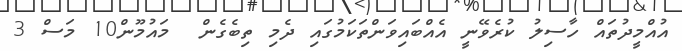
އުއްމީދުތައް ހާސިލު ކުރެވޭނީ އެއްބައިވަންތަކަމުގައި ދެމި ތިބެގެން  މައުމޫން10 މަސް 3